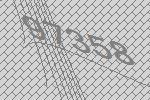
97358